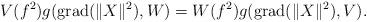
LaTeX: \begin{align*}V(f^{2})g(\operatorname{grad}(\|X\|^{2}),W)=W(f^{2})g(\operatorname{grad}(\|X\|^{2}),V).\end{align*}